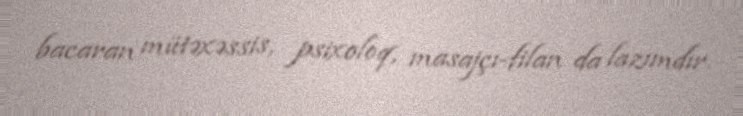
bacaran mütəxəssis, psixoloq, masajçı-filan da lazımdır.